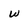
Character: w